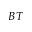
B T